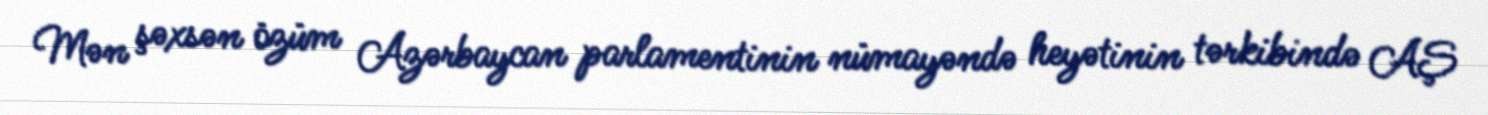
Mən şəxsən özüm Azərbaycan parlamentinin nümayəndə heyətinin tərkibində AŞ